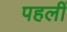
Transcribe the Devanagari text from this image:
पहलीं